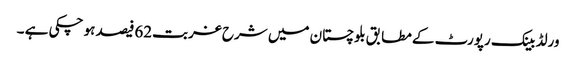
ورلڈ بینک رپورٹ کے مطابق بلوچستان میں شرح غربت62فیصد ہو چکی ہے ۔